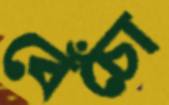
বেঁচো